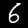
Label: 6